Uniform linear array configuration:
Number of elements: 16
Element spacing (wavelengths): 1
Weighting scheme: cosine
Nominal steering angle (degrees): -60
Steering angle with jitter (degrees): -60.766
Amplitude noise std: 0.05
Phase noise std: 0.05

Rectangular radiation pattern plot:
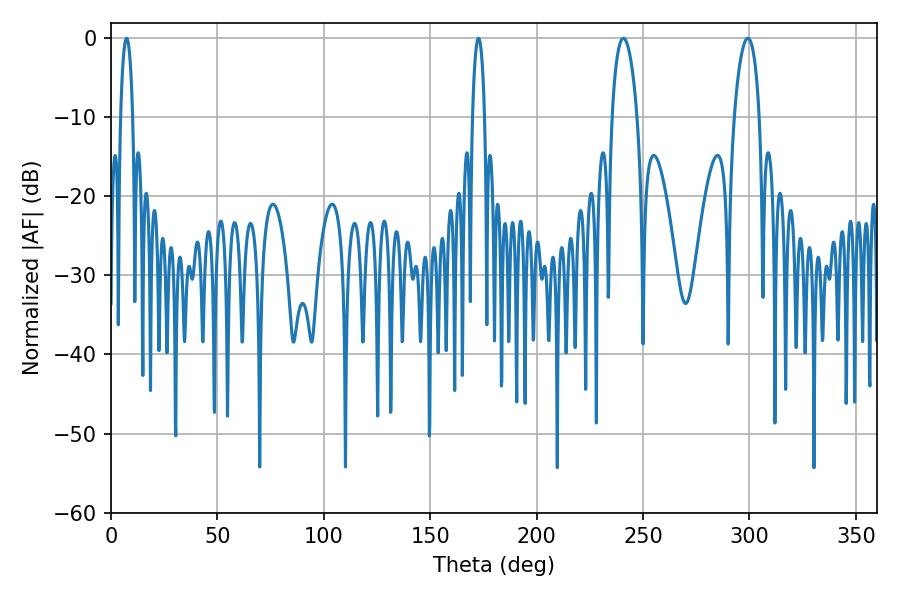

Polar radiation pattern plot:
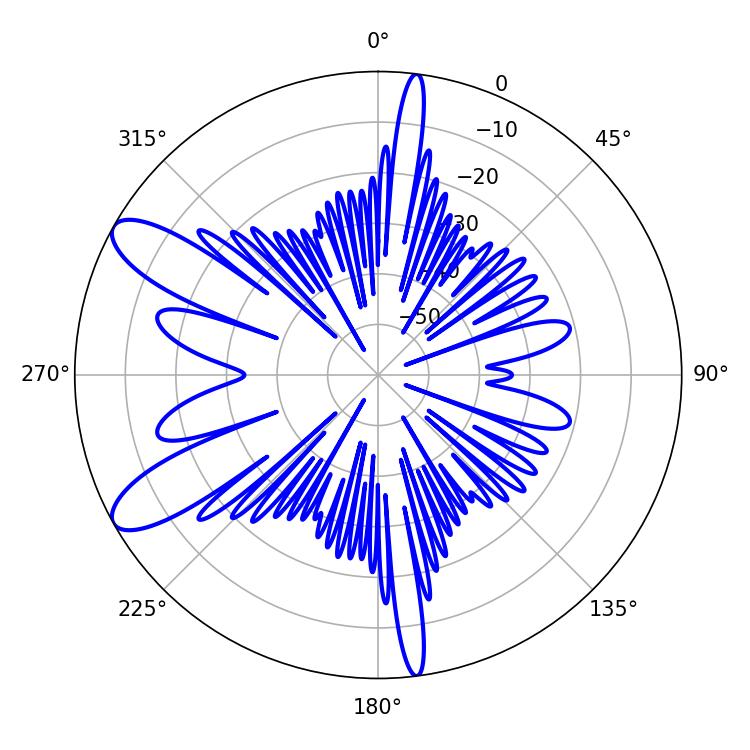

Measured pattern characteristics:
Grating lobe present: TRUE
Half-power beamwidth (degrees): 6.66
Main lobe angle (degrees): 299.16